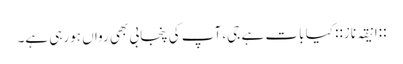
::انیقہ ناز:: کیا بات ہے جی، آپ کی پنجابی بھی رواں ہورہی ہے۔